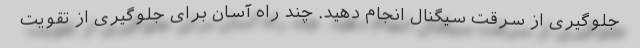
جلوگیری از سرقت سیگنال انجام دهید. چند راه آسان برای جلوگیری از تقویت